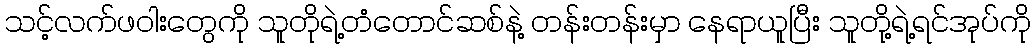
သင့်လက်ဖဝါးတွေကို သူတိုရဲ့တံတောင်ဆစ်နဲ့ တန်းတန်းမှာ နေရာယူပြီး သူတို့ရဲ့ရင်အုပ်ကို